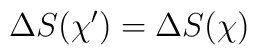
\Delta S(\chi') = \Delta S(\chi)